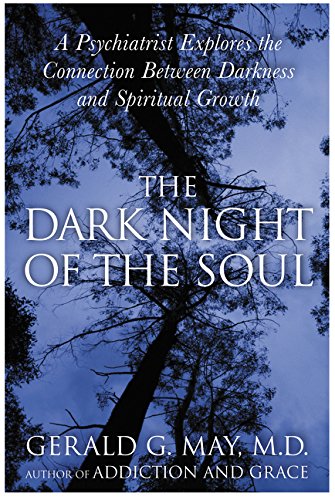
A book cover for The Dark Night of the Soul: A Psychiatrist Explores the Connection Between Darkness and Spiritual Growth; Gerald G. May; Religion & Spirituality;